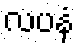
လပနံ